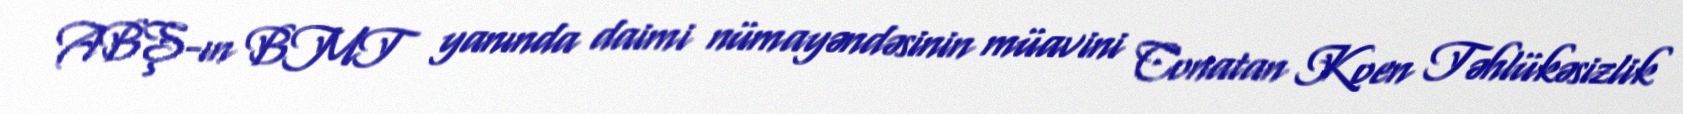
ABŞ-ın BMT yanında daimi nümayəndəsinin müavini Conatan Koen Təhlükəsizlik